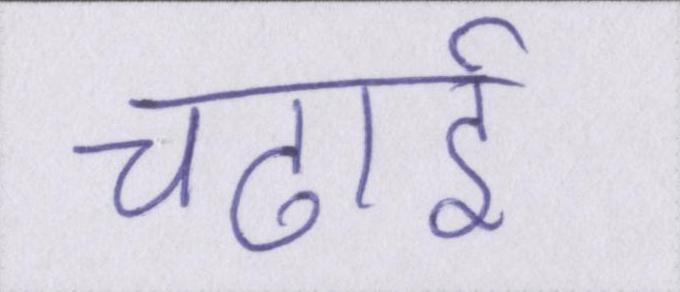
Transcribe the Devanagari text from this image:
चढाई